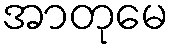
အာတုမေ